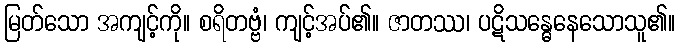
မြတ်သော အကျင့်ကို။ စရိတဗ္ဗံ၊ ကျင့်အပ်၏။ ဇာတဿ၊ ပဋိသန္ဓေနေသောသူ၏။